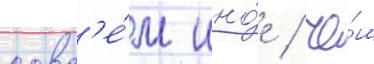
совс'е́м ино́е / че́м